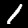
Label: 1